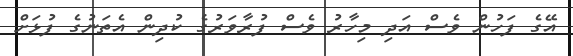
އޭގެ ފަހުން ވެސް އަދި މިހާރު ވެސް ފުރާވަރުގެ ކުދިން އެތަނުގެ ފުޅަށް